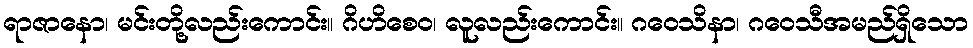
ရာဇာနော၊ မင်းတို့လည်းကောင်း။ ဂိဟိစေဝ၊ လူလည်းကောင်း။ ဂဝေသိနာ၊ ဂဝေသီအမည်ရှိသော